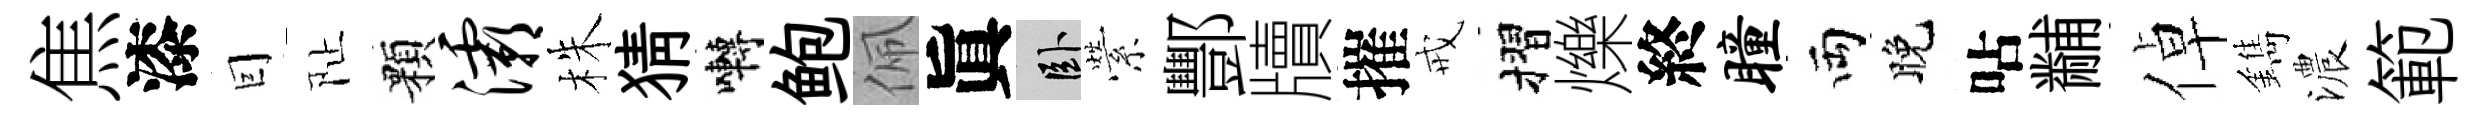
焦漆囙阯顆灞株猜囀鲍佩眞卧縈酆牘摧戒摺爍終瞳両晚呫黼倬鐫濃範